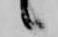
候